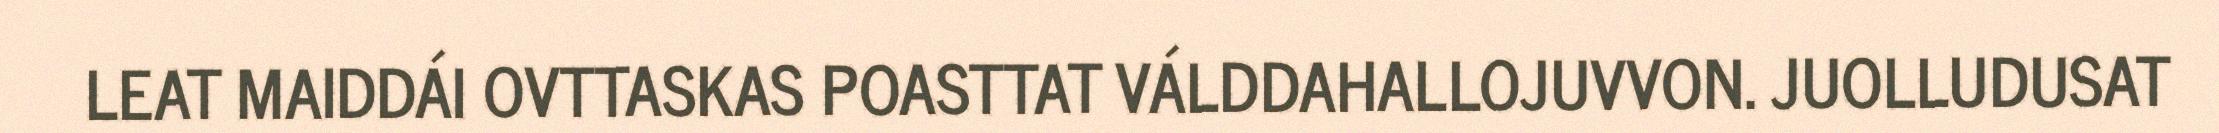
LEAT MAIDDÁI OVTTASKAS POASTTAT VÁLDDAHALLOJUVVON. JUOLLUDUSAT